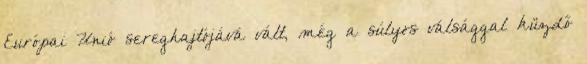
Európai Unió sereghajtójává vált, még a súlyos válsággal küzdő